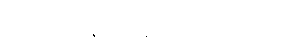
ဂတိ မိဂါနံ ပဝနံ-စသော ဂါထာ